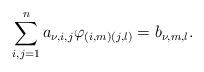
LaTeX: \begin{align*}\sum_{i,j=1}^n a_{\nu ,i,j}\varphi_{(i,m)(j,l)}=b_{\nu ,m,l}.\end{align*}